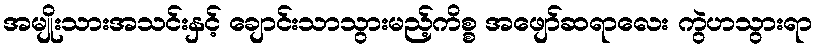
အမျိုးသားအသင်းနှင့် ချောင်းသာသွားမည့်ကိစ္စ အဖျော်ဆရာလေး ကွဲဟသွားရာ